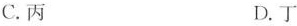
C.丙 D.丁